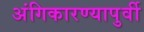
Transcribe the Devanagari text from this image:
अंगिकारण्यापुर्वी